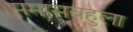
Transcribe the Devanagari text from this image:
समासबहुला